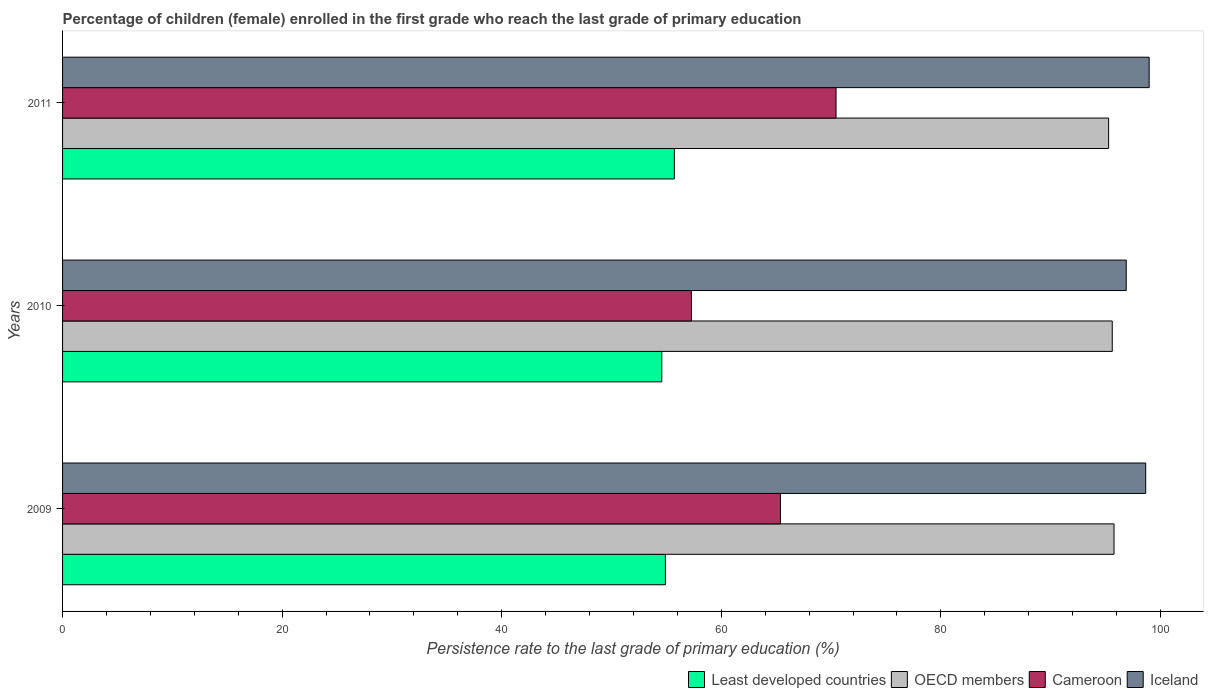
| Years | Least developed countries | OECD members | Cameroon | Iceland |
 | --- | --- | --- | --- | --- |
 | 2009 | 54.9 | 95.8 | 65.4 | 98.7 |
 | 2010 | 54.6 | 95.6 | 57.3 | 96.9 |
 | 2011 | 55.7 | 95.3 | 70.4 | 99 |